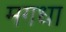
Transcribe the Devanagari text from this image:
मगधा